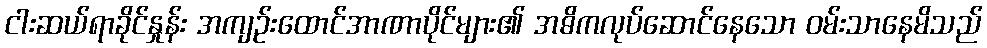
ငါးဆယ်ရာခိုင်နှုန်း အကျဉ်းထောင်အာဏာပိုင်များ၏ အဓိကလုပ်ဆောင်နေသော ဝမ်းသာနေမိသည်